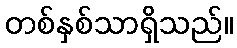
တစ်နှစ်သာရှိသည်။